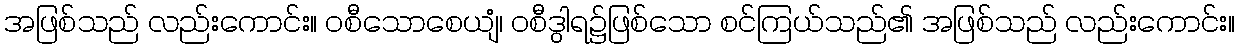
အဖြစ်သည် လည်းကောင်း။ ဝစီသောစေယျံ၊ ဝစီဒွါရ၌ဖြစ်သော စင်ကြယ်သည်၏ အဖြစ်သည် လည်းကောင်း။